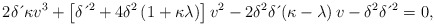
\begin{align*}2\delta \,\acute{}\, \kappa v^{3}+\left[ \delta \,\acute{}\,^{2}+4\delta^{2}\left( 1+\kappa \lambda \right) \right] v^{2}-2\delta^{2}\delta \,\acute{}\left( \kappa-\lambda \right) v-\delta^{2}\delta \,\acute{}\,^{2}=0, \end{align*}